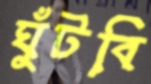
ঘুঁটবি